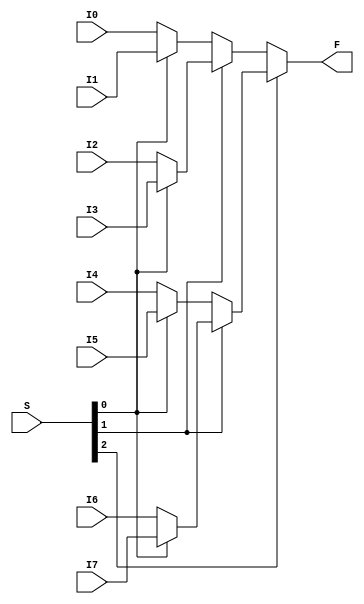
module Mux8to1(S, I0, I1, I2, I3, I4, I5, I6, I7, F); 
	input [2:0] S; //3b select
	input [63:0] I0, I1, I2, I3, I4, I5, I6, I7; //64b inputs
	
	output [63:0] F; //64b output
	
	assign F = S[2] ? (S[1] ? (S[0] ? I7 : I6) : (S[0] ? I5 : I4)) : (S[1] ? (S[0] ? I3 : I2) : (S[0] ? I1 : I0)); //pass selected input specified by select
endmodule